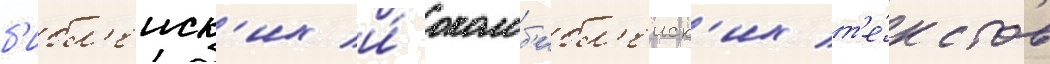
б'ибл'еиск'их и́ околоб'ибл'еиск'их т'е́кстов